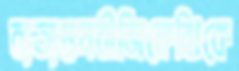
ব্যত্যস্তনবীজিকেঝিকে